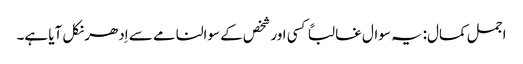
اجمل کمال:یہ سوال غالباً کسی اور شخص کے سوالنامے سے اِدھر نکل آیا ہے۔